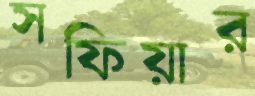
সফিয়ার